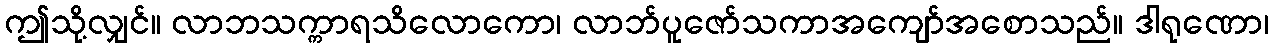
ဤသို့လျှင်။ လာဘသက္ကာရသိလောကော၊ လာဘ်ပူဇော်သကာအကျော်အစောသည်။ ဒါရုဏော၊